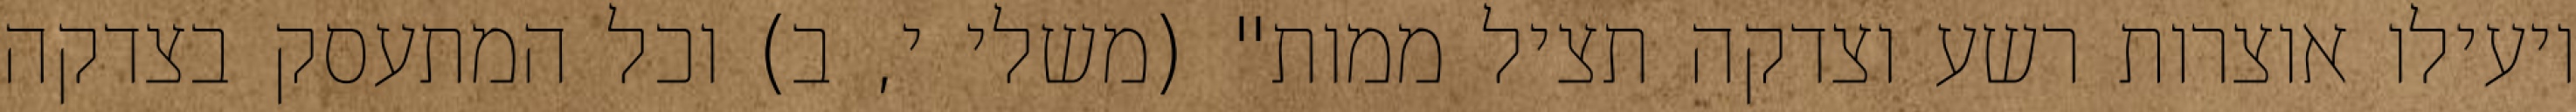
יועילו אוצרות רשע וצדקה תציל ממות" (משלי י, ב) וכל המתעסק בצדקה